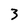
Character: 3